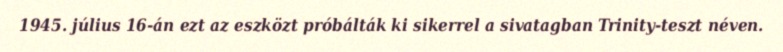
1945. július 16-án ezt az eszközt próbálták ki sikerrel a sivatagban Trinity-teszt néven.